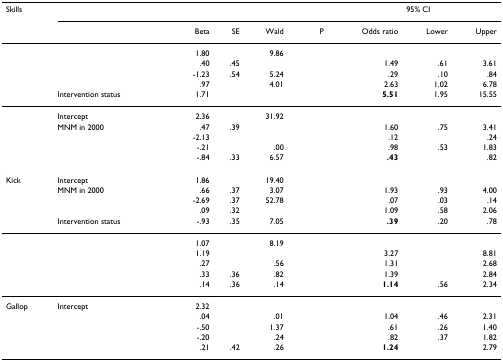
<table><thead><tr><td><b>Skills</b></td><td>[EMPTY_CELL]</td><td>[EMPTY_CELL]</td><td>[EMPTY_CELL]</td><td>[EMPTY_CELL]</td><td>[EMPTY_CELL]</td><td>[EMPTY_CELL]</td><td colspan="2"><b>95% CI</b></td></tr><tr><td>[EMPTY_CELL]</td><td>[EMPTY_CELL]</td><td><b>Beta</b></td><td><b>SE</b></td><td><b>Wald</b></td><td><b>P</b></td><td><b>Odds ratio</b></td><td><b>Lower</b></td><td><b>Upper</b></td></tr></thead><tbody><tr><td>[EMPTY_CELL]</td><td>[EMPTY_CELL]</td><td>1.80</td><td>[EMPTY_CELL]</td><td>9.86</td><td>[EMPTY_CELL]</td><td>[EMPTY_CELL]</td><td>[EMPTY_CELL]</td><td>[EMPTY_CELL]</td></tr><tr><td>[EMPTY_CELL]</td><td>[EMPTY_CELL]</td><td>.40</td><td>.45</td><td>[EMPTY_CELL]</td><td>[EMPTY_CELL]</td><td>1.49</td><td>.61</td><td>3.61</td></tr><tr><td>[EMPTY_CELL]</td><td>[EMPTY_CELL]</td><td>-1.23</td><td>.54</td><td>5.24</td><td>[EMPTY_CELL]</td><td>.29</td><td>.10</td><td>.84</td></tr><tr><td>[EMPTY_CELL]</td><td>[EMPTY_CELL]</td><td>.97</td><td>[EMPTY_CELL]</td><td>4.01</td><td>[EMPTY_CELL]</td><td>2.63</td><td>1.02</td><td>6.78</td></tr><tr><td>[EMPTY_CELL]</td><td>Intervention status</td><td>1.71</td><td>[EMPTY_CELL]</td><td>[EMPTY_CELL]</td><td>[EMPTY_CELL]</td><td><b>5.51</b></td><td>1.95</td><td>15.55</td></tr><tr><td>[EMPTY_CELL]</td><td>Intercept</td><td>2.36</td><td>[EMPTY_CELL]</td><td>31.92</td><td>[EMPTY_CELL]</td><td>[EMPTY_CELL]</td><td>[EMPTY_CELL]</td><td>[EMPTY_CELL]</td></tr><tr><td>[EMPTY_CELL]</td><td>MNM in 2000</td><td>.47</td><td>.39</td><td>[EMPTY_CELL]</td><td>[EMPTY_CELL]</td><td>1.60</td><td>.75</td><td>3.41</td></tr><tr><td>[EMPTY_CELL]</td><td>[EMPTY_CELL]</td><td>-2.13</td><td>[EMPTY_CELL]</td><td>[EMPTY_CELL]</td><td>[EMPTY_CELL]</td><td>.12</td><td>[EMPTY_CELL]</td><td>.24</td></tr><tr><td>[EMPTY_CELL]</td><td>[EMPTY_CELL]</td><td>-.21</td><td>[EMPTY_CELL]</td><td>.00</td><td>[EMPTY_CELL]</td><td>.98</td><td>.53</td><td>1.83</td></tr><tr><td>[EMPTY_CELL]</td><td>[EMPTY_CELL]</td><td>-.84</td><td>.33</td><td>6.57</td><td>[EMPTY_CELL]</td><td><b>.43</b></td><td>[EMPTY_CELL]</td><td>.82</td></tr><tr><td>Kick</td><td>Intercept</td><td>1.86</td><td>[EMPTY_CELL]</td><td>19.40</td><td>[EMPTY_CELL]</td><td>[EMPTY_CELL]</td><td>[EMPTY_CELL]</td><td>[EMPTY_CELL]</td></tr><tr><td>[EMPTY_CELL]</td><td>MNM in 2000</td><td>.66</td><td>.37</td><td>3.07</td><td>[EMPTY_CELL]</td><td>1.93</td><td>.93</td><td>4.00</td></tr><tr><td>[EMPTY_CELL]</td><td>[EMPTY_CELL]</td><td>-2.69</td><td>.37</td><td>52.78</td><td>[EMPTY_CELL]</td><td>.07</td><td>.03</td><td>.14</td></tr><tr><td>[EMPTY_CELL]</td><td>[EMPTY_CELL]</td><td>.09</td><td>.32</td><td>[EMPTY_CELL]</td><td>[EMPTY_CELL]</td><td>1.09</td><td>.58</td><td>2.06</td></tr><tr><td>[EMPTY_CELL]</td><td>Intervention status</td><td>-.93</td><td>.35</td><td>7.05</td><td>[EMPTY_CELL]</td><td><b>.39</b></td><td>.20</td><td>.78</td></tr><tr><td>[EMPTY_CELL]</td><td>[EMPTY_CELL]</td><td>1.07</td><td>[EMPTY_CELL]</td><td>8.19</td><td>[EMPTY_CELL]</td><td>[EMPTY_CELL]</td><td>[EMPTY_CELL]</td><td>[EMPTY_CELL]</td></tr><tr><td>[EMPTY_CELL]</td><td>[EMPTY_CELL]</td><td>1.19</td><td>[EMPTY_CELL]</td><td>[EMPTY_CELL]</td><td>[EMPTY_CELL]</td><td>3.27</td><td>[EMPTY_CELL]</td><td>8.81</td></tr><tr><td>[EMPTY_CELL]</td><td>[EMPTY_CELL]</td><td>.27</td><td>[EMPTY_CELL]</td><td>.56</td><td>[EMPTY_CELL]</td><td>1.31</td><td>[EMPTY_CELL]</td><td>2.68</td></tr><tr><td>[EMPTY_CELL]</td><td>[EMPTY_CELL]</td><td>.33</td><td>.36</td><td>.82</td><td>[EMPTY_CELL]</td><td>1.39</td><td>[EMPTY_CELL]</td><td>2.84</td></tr><tr><td>[EMPTY_CELL]</td><td>[EMPTY_CELL]</td><td>.14</td><td>.36</td><td>.14</td><td>[EMPTY_CELL]</td><td><b>1.14</b></td><td>.56</td><td>2.34</td></tr><tr><td>Gallop</td><td>Intercept</td><td>2.32</td><td>[EMPTY_CELL]</td><td>[EMPTY_CELL]</td><td>[EMPTY_CELL]</td><td>[EMPTY_CELL]</td><td>[EMPTY_CELL]</td><td>[EMPTY_CELL]</td></tr><tr><td>[EMPTY_CELL]</td><td>[EMPTY_CELL]</td><td>.04</td><td>[EMPTY_CELL]</td><td>.01</td><td>[EMPTY_CELL]</td><td>1.04</td><td>.46</td><td>2.31</td></tr><tr><td>[EMPTY_CELL]</td><td>[EMPTY_CELL]</td><td>-.50</td><td>[EMPTY_CELL]</td><td>1.37</td><td>[EMPTY_CELL]</td><td>.61</td><td>.26</td><td>1.40</td></tr><tr><td>[EMPTY_CELL]</td><td>[EMPTY_CELL]</td><td>-.20</td><td>[EMPTY_CELL]</td><td>.24</td><td>[EMPTY_CELL]</td><td>.82</td><td>.37</td><td>1.82</td></tr><tr><td>[EMPTY_CELL]</td><td>[EMPTY_CELL]</td><td>.21</td><td>.42</td><td>.26</td><td>[EMPTY_CELL]</td><td><b>1.24</b></td><td>[EMPTY_CELL]</td><td>2.79</td></tr></tbody></table>